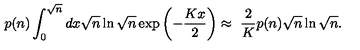
p ( n ) \int _ { 0 } ^ { \sqrt n } d x \sqrt n \ln \sqrt n \exp \left( - { \frac { K x } { 2 } } \right) \approx \ { \frac { 2 } { K } } p ( n ) \sqrt n \ln \sqrt n .